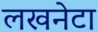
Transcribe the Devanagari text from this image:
लखनेटा